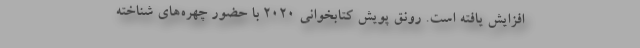
افزایش یافته است. رونق پویش کتابخوانی ۲۰۲۰ با حضور چهره‌های شناخته